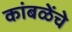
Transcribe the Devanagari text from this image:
कांबळेेंचे